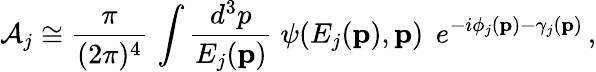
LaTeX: {\cal A}_{j}\cong\frac{\pi}{(2\pi)^{4}}\, \int\frac{d^{3}p}{E_{j}({\mathbf p})}\; \psi(E_{j}({\mathbf p}),{\mathbf p})\; \, e^{-i\phi_{j}({\mathbf p})-\gamma_{j}({\mathbf p})}\, ,